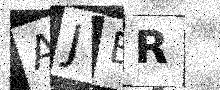
Text: AJBR